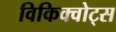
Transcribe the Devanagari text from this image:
विकिक्वोट्स